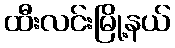
ထီးလင်းမြို့နယ်